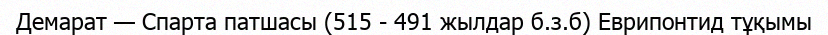
Демарат — Спарта патшасы (515 - 491 жылдар б.з.б) Еврипонтид тұқымы